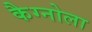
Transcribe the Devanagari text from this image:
कैग्नोला